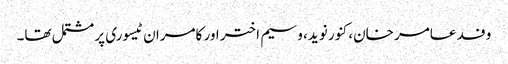
وفد عامر خان، کنور نوید، وسیم اختر اور کامران ٹیسوری پر مشتمل تھا۔